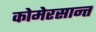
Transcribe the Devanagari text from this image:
कोमेरसान्त